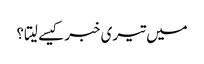
میں تیری خبر کیسے لیتا؟